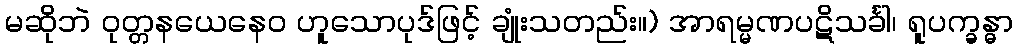
မဆိုဘဲ ဝုတ္တနယေနေဝ ဟူသောပုဒ်ဖြင့် ချုံးသတည်း။) အာရမ္မဏပဋိသင်္ခါ၊ ရူပက္ခန္ဓာ